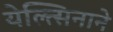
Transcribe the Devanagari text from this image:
येल्त्सिनाने